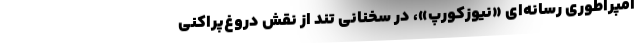
امپراطوری رسانه‌ای «نیوزکورپ»، در سخنانی تند از نقش دروغ‌پراکنی‌